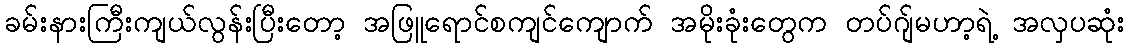
ခမ်းနားကြီးကျယ်လွန်းပြီးတော့ အဖြူရောင်စကျင်ကျောက် အမိုးခုံးတွေက တပ်ဂျ်မဟာ့ရဲ့ အလှပဆုံး